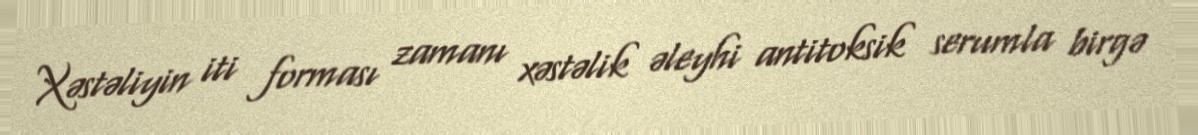
Xəstəliyin iti forması zamanı xəstəlik əleyhi antitoksik serumla birgə